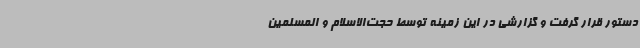
دستور قرار گرفت و گزارشی در این زمینه توسط حجت‌الاسلام و المسلمین